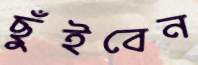
ছুঁইবেন